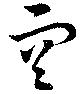
空